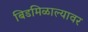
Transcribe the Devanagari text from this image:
बिडमिळाल्यावर